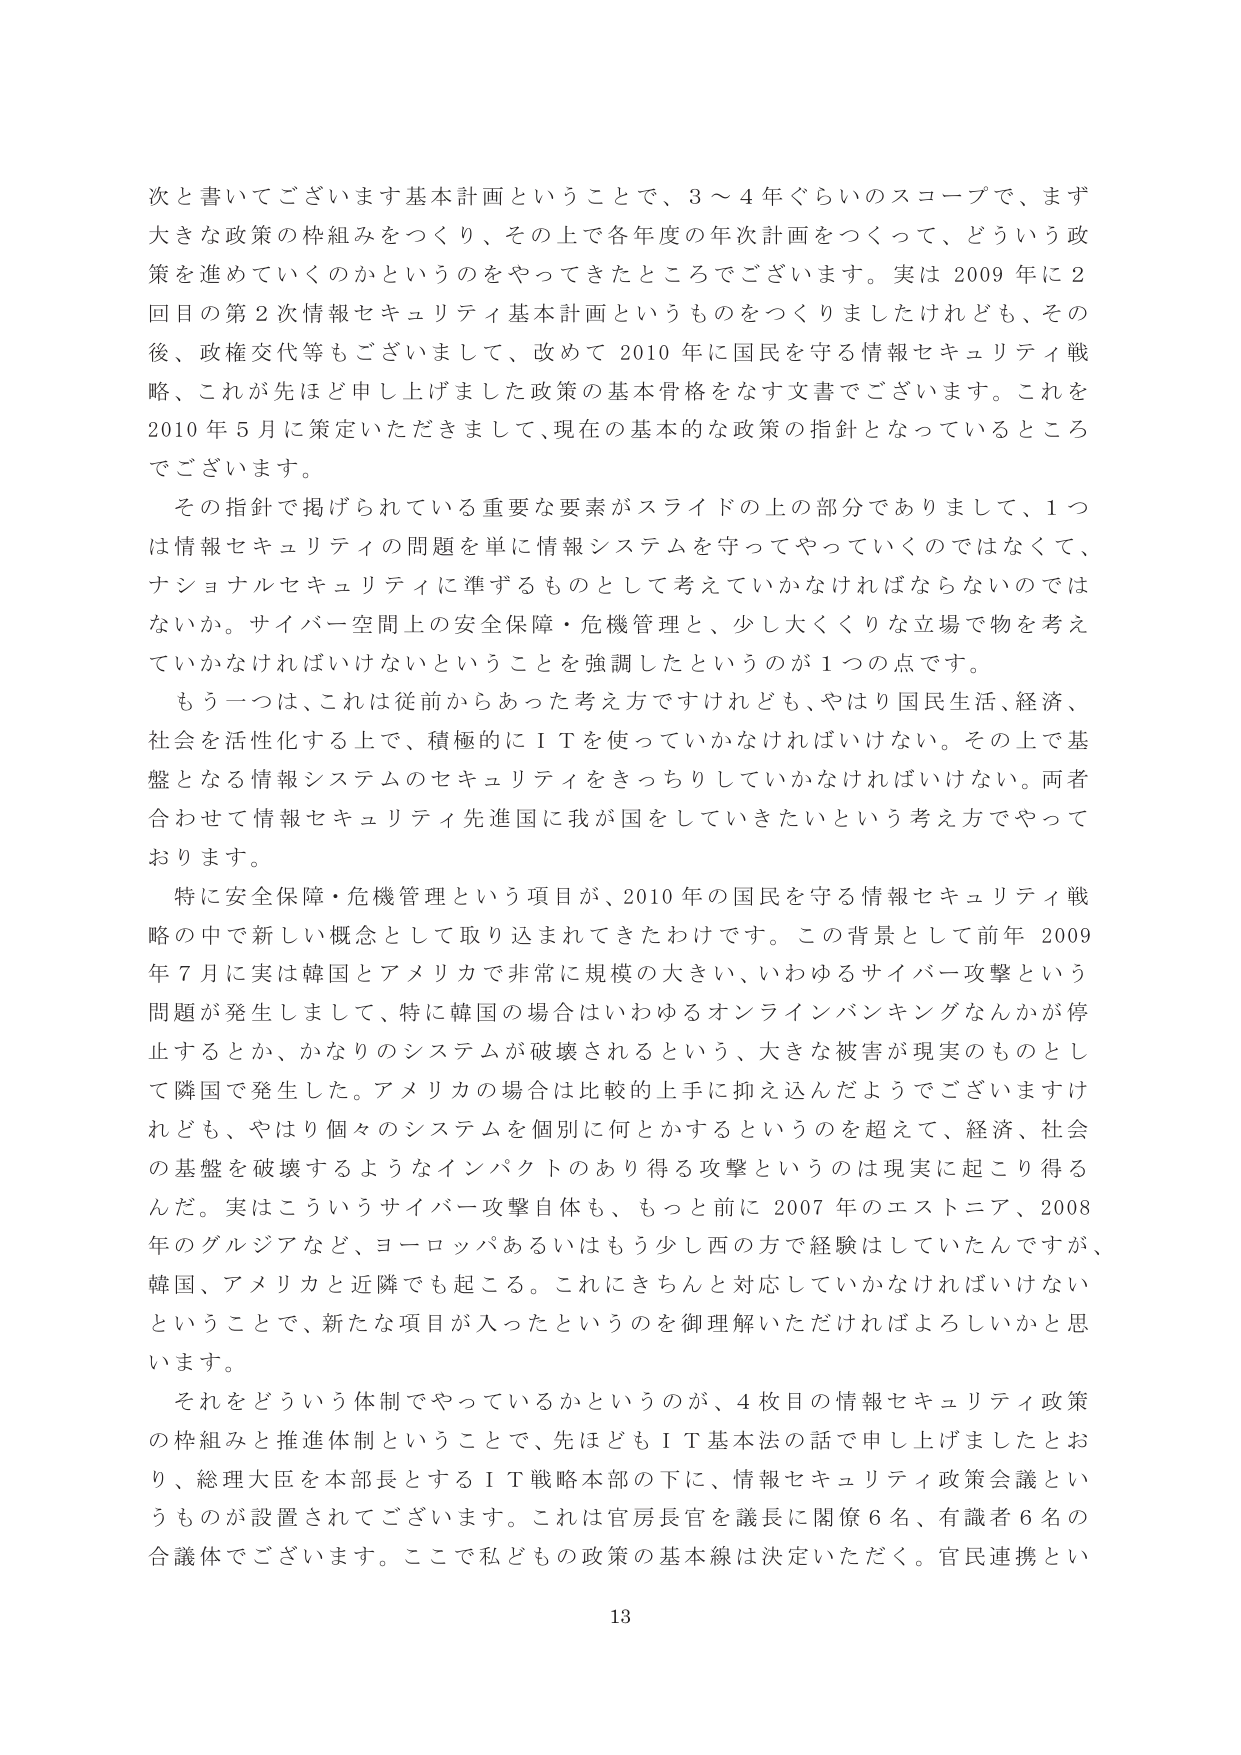
次と書いてございます基本計画ということで、3～4年ぐらいのスコープで、まず大きな政策の枠組みをつくり、その上で各年度の年次計画をつくって、どういう政策を進めていくのかというのをやってきたところでございます。実は2009年に2回目の第2次情報セキュリティ基本計画というものをつくりましたけれども、その後、政権交代等もございまして、改めて2010年に国民を守る情報セキュリティ戦略、これが先ほど申し上げました政策の基本骨格をなす文書でございます。これを2010年5月に策定いただきましたて、現在の基本的な政策の指針となっているところでございます。

その指針で掲げられている重要な要素がスライドの上の部分でありまして、1つは情報セキュリティの問題を単に情報システムを守ってやっていくのではなくて、ナショナルセキュリティに準ずるものとして考えていかなければならないのではないか。サイバー空間上の安全保障・危機管理と、少しだくくりな立場で物を考えていかなければならないということを強調したというのが1つの点です。

もう一つは、これは従前からあった考え方ですけれども、やはり国民生活、経済、社会を活性化する上で、積極的にＩＴを使っていかなければならない。その上で基盤となる情報システムのセキュリティをきっちりしていかなければならない。両者合わせて情報セキュリティ先進国に我が国をしていきたいという考え方でやっております。

特に安全保障・危機管理という項目が、2010年の国民を守る情報セキュリティ戦略の中で新しい概念として取り込まれてきたわけです。この背景として前年2009年7月に実は韓国とアメリカで非常に規模の大きい、いわゆるサイバー攻撃という問題が発生しまして、特に韓国の場合はいわゆるオンラインバンキングなんかが停止するとか、かなりのシステムが破壊されるという、大きな被害が現実のものとして隣国で発生した。アメリカの場合は比較的上手に抑え込んだようでございますけれども、やはり個々のシステムを個別に何とかするというのを超えて、経済、社会の基盤を破壊するようなインパクトのあり得る攻撃というのは現実に起こり得るんだ。実はこういうサイバー攻撃自体も、もっと前に2007年のエストニア、2008年のグルジアなど、ヨーロッパあるいはもう少し西の方で経験はしていたんですが、韓国、アメリカと近隣でも起こる。これにきちんと対応していかなければならないということで、新たな項目が入ったというのを御理解いただければよろしいかと思います。

それをどういう体制でやっているかというのが、4枚目の情報セキュリティ政策の枠組みと推進体制ということで、先ほどもＩＴ基本法の話で申し上げましたとおり、総理大臣を本部長とするＩＴ戦略本部の下に、情報セキュリティ政策会議というものが設置されてございます。これは官房長官を議長に閣僚6名、有識者6名の合議体でございます。ここで私どもの政策の基本線は決定いただく。官民連携とい

13